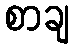
စာချ